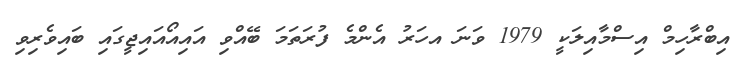
އިބްރާހިމް އިސްމާއިލަކީ 1979 ވަނަ އހަރު އެންމެ ފުރަތަމަ ބޭއްވި އައިއޯއައިޖީގައި ބައިވެރިވި